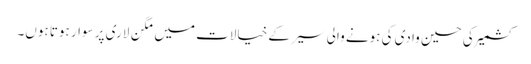
کشمیر کی حسین وادی کی ہونے والی سیر کے خیالات میں مگن لاری پر سوار ہوتا ہوں۔